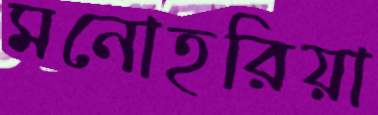
মনোহরিয়া